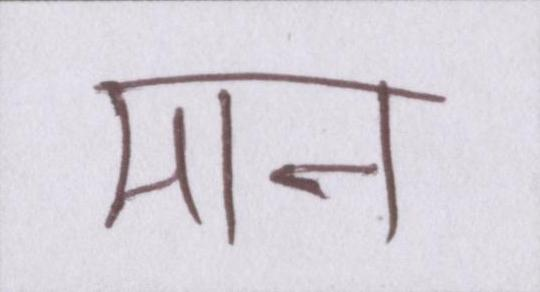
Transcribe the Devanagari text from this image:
मान